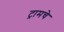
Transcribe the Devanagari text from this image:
ट्रामचे